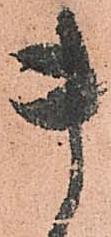
貴